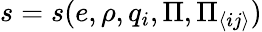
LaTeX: s=s(e,\rho,q_{i},\Pi,\Pi_{\langle ij\rangle})